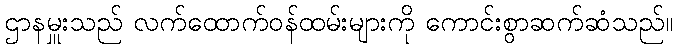
ဌာနမှူးသည် လက်ထောက်ဝန်ထမ်းများကို ကောင်းစွာဆက်ဆံသည်။